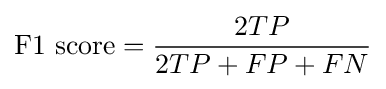
{\text{F1 score}}={\frac {2TP}{2TP+FP+FN}}